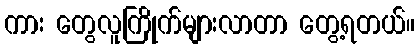
ကား တွေလူကြိုက်များလာတာ တွေ့ရတယ်။